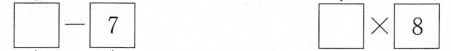
$$\Box - 7$$ $$\Box \times 8$$